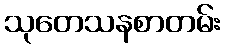
သုတေသနစာတမ်း